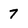
Character: 7